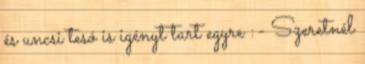
és uncsi tesó is igényt tart egyre :- Szeretnél